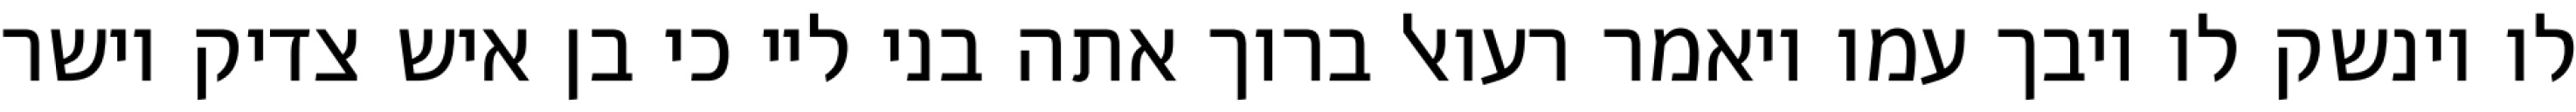
לו וינשק לו ויבך עמו ויאמר רעואל ברוך אתה בני ליי כי בן איש צדיק וישר